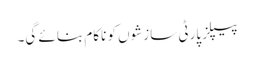
پیپلز پارٹی سازشوں کو ناکام بنائے گی۔